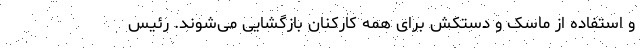
و استفاده از ماسک و دستکش برای همه کارکنان بازگشایی می‌شوند. رئیس